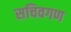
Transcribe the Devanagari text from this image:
सचिवगण